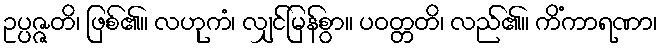
ဥပ္ပဇ္ဇတိ၊ ဖြစ်၏။ လဟုကံ၊ လျှင်မြန်စွာ။ ပဝတ္တတိ၊ လည်၏။ ကိံကာရဏာ၊